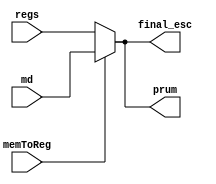
module MUX3(
	input memToReg,
	input[31:0] regs,md,
	output reg [31:0]final_esc,
	output reg [31:0]prum//para debug
);

always @*
begin 
	if(memToReg)
	begin
		final_esc=md;//readData de dataMemory 
		prum=final_esc;
	end
	else
	begin
		final_esc=regs;//viene de ALUresult
		prum=final_esc;
	end
end

endmodule